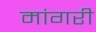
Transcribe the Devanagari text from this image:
मांगरी